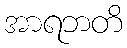
အာရဘတိ